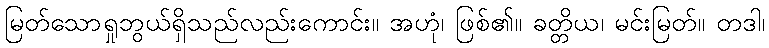
မြတ်သောရှုဘွယ်ရှိသည်လည်းကောင်း။ အဟုံ၊ ဖြစ်၏။ ခတ္တိယ၊ မင်းမြတ်။ တဒါ၊